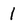
Character: 1